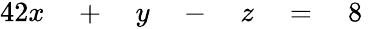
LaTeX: \begin{array}{rlrlrlrl}{{4}2x}&{{}{}+{}}&{y}&{{}{}-{}}&{z}&{{}{}={}}&{8}&{{}}\end{array}